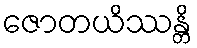
ဇောတယိဿန္တိ